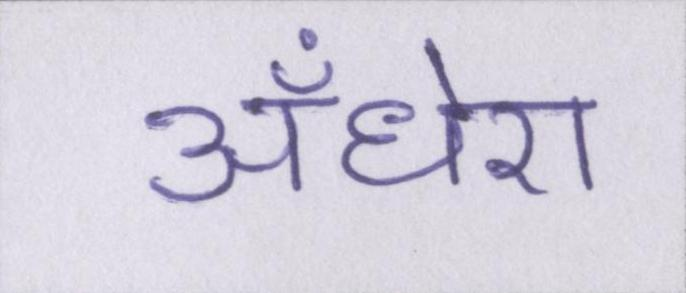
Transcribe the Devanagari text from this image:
अँधेरा